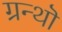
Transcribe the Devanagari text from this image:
ग्रन्थॊ